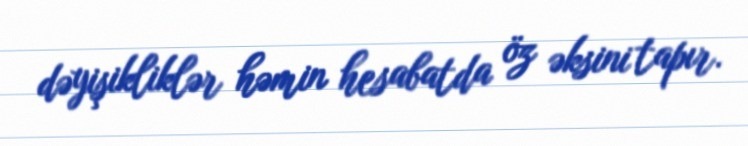
dəyişikliklər həmin hesabatda öz əksini tapır.